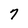
Character: 7